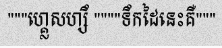
"""ហ្គ្លេសហ្សឹ """"ទឹកដៃនេះគឺ"""